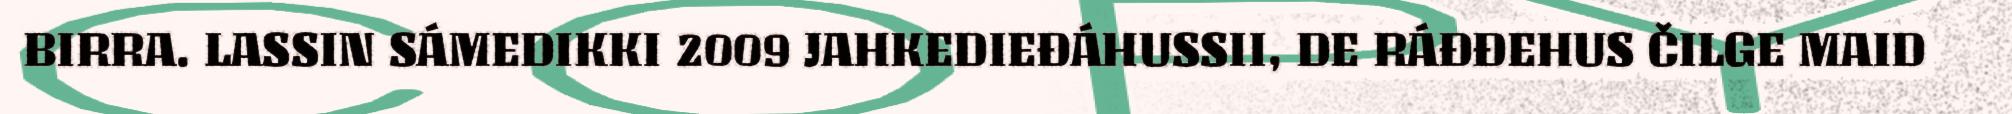
BIRRA. LASSIN SÁMEDIKKI 2009 JAHKEDIEĐÁHUSSII, DE RÁĐĐEHUS ČILGE MAID